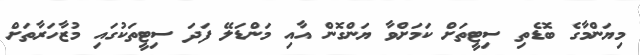
މިޔަންމާގެ ބޮޑެތި ސިޓީތަށް ކަމަށްވާ ޔަންގޮން އާއި މަންޑަލޭ ފަދަ ސިޓީތަކުގައި މުޒާހަރާތަށް